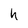
Character: h